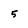
Character: 5